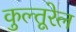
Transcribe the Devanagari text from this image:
कुल्तूरेल